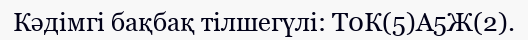
Кәдімгі бақбақ тілшегүлі: Т0К(5)А5Ж(2).